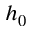
h _ { 0 }